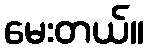
မေးတယ်။